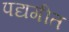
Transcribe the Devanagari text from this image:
पद्यगीत